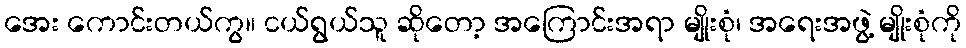
အေး ကောင်းတယ်ကွ။ ငယ်ရွယ်သူ ဆိုတော့ အကြောင်းအရာ မျိုးစုံ၊ အရေးအဖွဲ့ မျိုးစုံကို